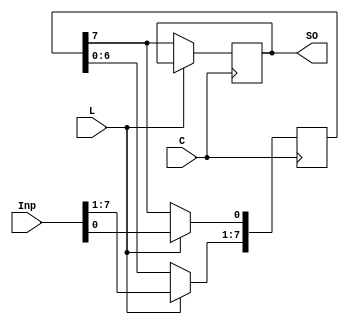
module loadshift (Inp,C,L, SO); 
input [7:0] Inp;
input C,L; 
output SO; 
reg [7:0] tmp; 
reg hold;
  always @(posedge C) 
    if (L) begin
         tmp=Inp;
      //   hold=tmp[0];
    end
    else begin 
       hold=tmp[7];
       tmp = tmp << 1; 
       tmp[0]=hold;
    end 
    assign SO=hold; 
endmodule